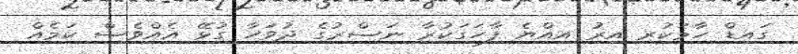
ގައިޑް ހާމަކުރި އިރު އިއްޔެ ފާހަގަކުރާ ނަސްރުގެ ދުވަހާ ގުޅޭ އެއްވެސް ކަމެއް